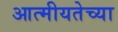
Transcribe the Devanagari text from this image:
आत्मीयतेच्या